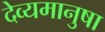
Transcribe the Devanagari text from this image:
देव्यमानुषा